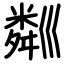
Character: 𥻘